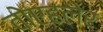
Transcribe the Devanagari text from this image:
वोएहलेर